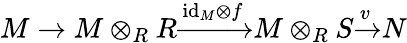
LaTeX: M\to M\otimes_{R}R{\xrightarrow{{\mathrm{id}}_{M}\otimes f}}M\otimes_{R}S{\xrightarrow{v}}N